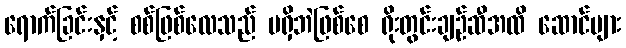
ရောက်ခြင်းနှင့် စစ်ဖြစ်လေသည် မရှိဘဲဖြစ်စေ ရိုးတွင်းချဉ်ဆီအထိ ဆောင်များ